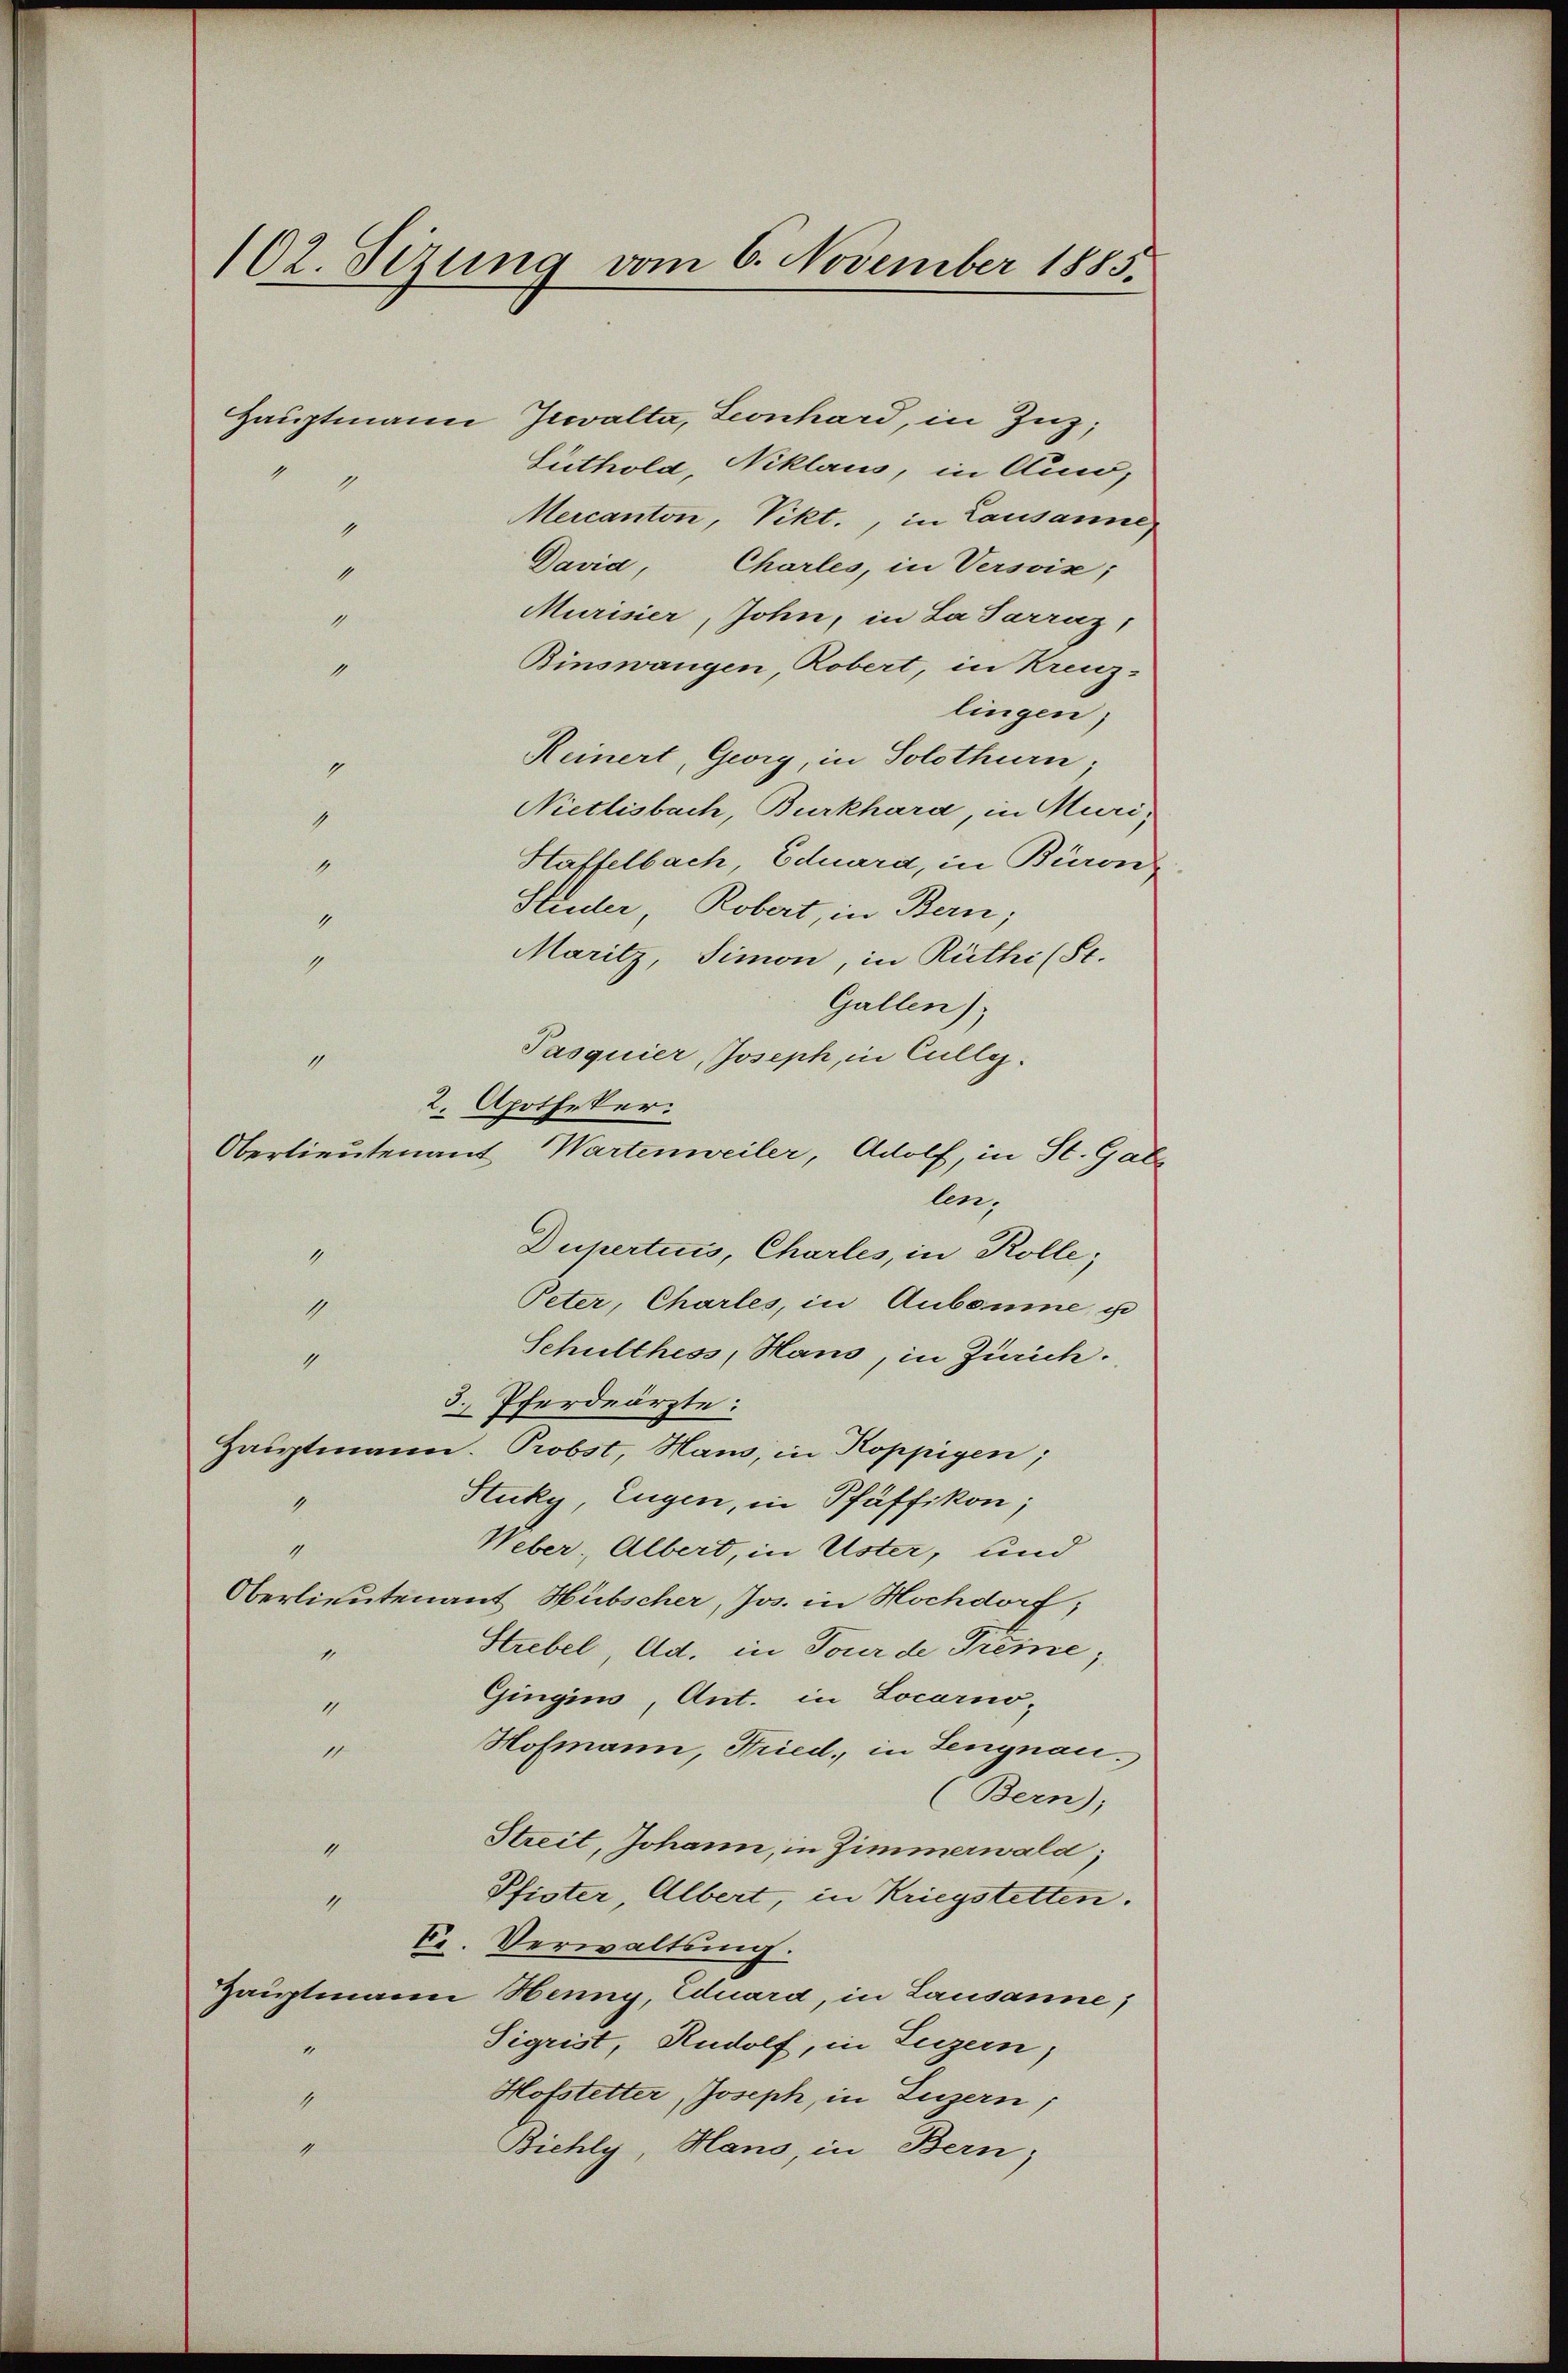
102. Sizung vom 6. November 1885.
Hauptmann Gewalta, Leonhard, in Zug,
Suthold, Niklaus, in Auw,
9
Mercanton, Vikt., in Lausanne
1
Davia, Charles, in Versoin;
1

1

1
1
9
1
4
1
9

Murisier, John, in La Parraz,
Binswangen, Robert, in Kreuz-
lingen,
Reinert, Georg, in Solothurn,
Nietlisbach, Burkhard, in Muri,
Htaffelbach, Eduard, in Büron-
Studer, Robert, in Bern;
Maritz, Simon, in Rüthi (St.
Gallen),
Pasquier, Joseph, in Culle.
2. Apotheker.
Oberlieutenant Wartenweiler, Adolf, in St. Gallen,
Dupertius, Charles, in Kolle;
4
Peter, Charles, in Aubonne u
1
Schulthess, Hans, in Zürich.
1
3. Pferdeärzte:
Hauptmann. Probst, Haus, in Koppigen;
Stuky, Eugen, in Pfäffikon;
1
1
Weber, Albert, in Uster, und
Oberlieutenant Hübscher, Jos. in Hochdorf;
Strebel, Ad. in Tour de Treme,
1
Gingins, Ant. in Locarno-
4
Hofmann, Fried, in Lengnau.
17
(Bern),
Streit, Johann, in Zimmerwald;
1
Pfister Albert, in Kriegstetten.
4
E. Verwaltung.
Hauptmann Henny, Eduard, in Lausanne)
Sigrist, Rudolf, in Luzern,
“
Hofstetter, Joseph, in Luzern,
1
9
Biehly, Hano, in Bern,